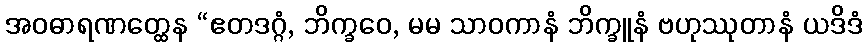
အဝဓာရဏတ္ထေန “ဧတဒဂ္ဂံ, ဘိက္ခဝေ, မမ သာဝကာနံ ဘိက္ခူနံ ဗဟုဿုတာနံ ယဒိဒံ